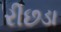
રીછડા